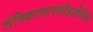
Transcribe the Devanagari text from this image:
तंत्रिकासारकॉइडोसिस